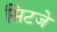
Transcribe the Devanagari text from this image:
सिटजे